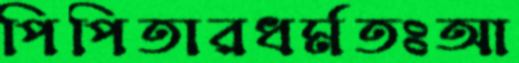
পিপিতারধর্মতঃআ